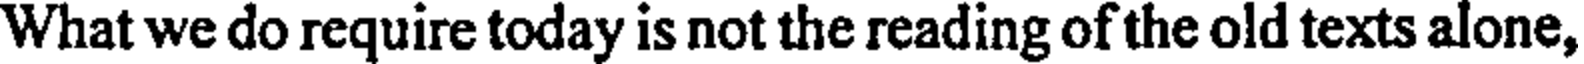
What we do require today is not the reading of the old texts alone,